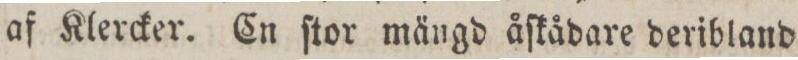
af Klercker. En ſtor mängd åſkådare deribland